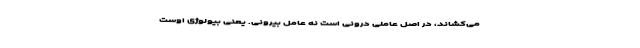
می‌کشاند، در اصل عاملی درونی است نه عامل بیرونی. یعنی بیولوژی اوست